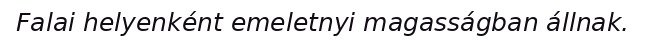
Falai helyenként emeletnyi magasságban állnak.